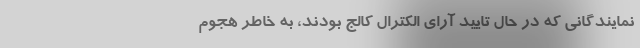
نمایندگانی که در حال تایید آرای الکترال کالج بودند، به خاطر هجوم